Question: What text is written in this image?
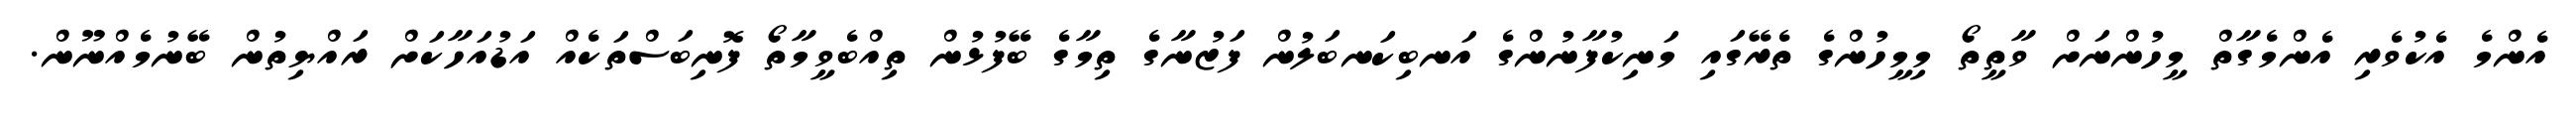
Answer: އެންމެ އެކުވެރި އެންމެގާތް މީހުންނަށް ވާތީތޯ މިމީހުންގެ ތެރޭގައި މަނިކުފާނުންގެ އަނބިކަނބަލުން ފަޒުނާގެ ތިމާގެ ބޭފުޅުން ތިއްބެވީމާތޯ ފޮނިބަސްތަކެއް އަޑުއަހާކަށް ރައްޔިތުން ބޭނުމެއްނޫން.